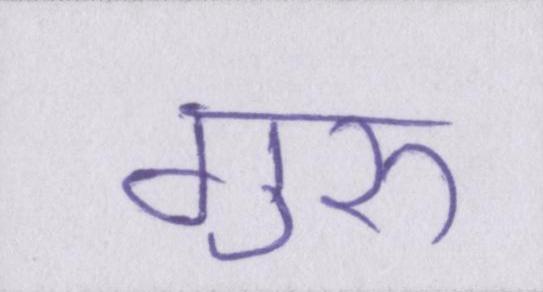
गुरुॱ